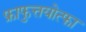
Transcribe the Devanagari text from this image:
फ्राफुत्तयोत्फा